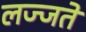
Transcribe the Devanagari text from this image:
लज्जते